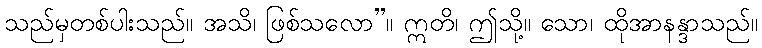
သည်မှတစ်ပါးသည်။ အသိ၊ ဖြစ်သလော”။ ဣတိ၊ ဤသို့။ သော၊ ထိုအာနန္ဒာသည်။